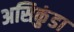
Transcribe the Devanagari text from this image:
असिकुंडा